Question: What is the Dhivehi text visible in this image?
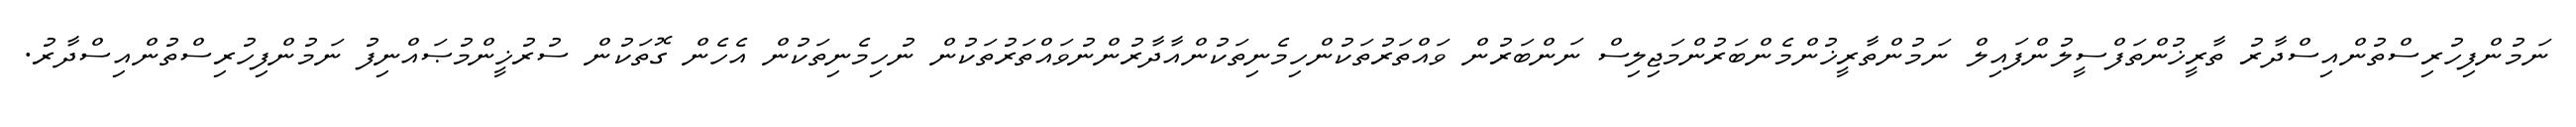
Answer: ނަމުންފިހުރިސްތުންއިސްދާރު ތާރީޚުންތަފްސީލުންފައިލް ނަމުންތާރީޚުންމެންބަރުންމަޖިލިސް ނަންބަރުން ވައްތަރުތަކުންހިމެނިތަކުންއާދާރުންނުވައްތަރުތަކުން ނުހިމެނިތަކުން އެހެން ގޮތަކުން ސުރުޚީންމުޞައްނިފު ނަމުންފިހުރިސްތުންއިސްދާރު.